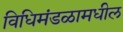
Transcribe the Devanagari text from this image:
विधिमंडळामधील